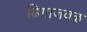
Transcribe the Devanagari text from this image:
ढिगाजवळ